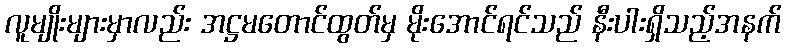
လူမျိုးများမှာလည်း အဋ္ဌမတောင်ထွတ်မှ မိုးအောင်ရင်သည် နီးပါးရှိသည့်အနက်